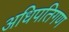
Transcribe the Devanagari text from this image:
अधिपतिगण